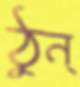
ঠুন্